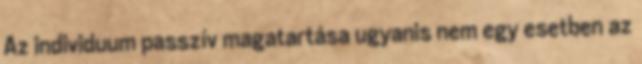
Az individuum passzív magatartása ugyanis nem egy esetben az